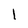
Character: l